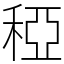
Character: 稏